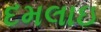
દમલાઇ